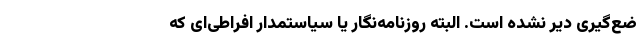
ضع‌گیری دیر نشده است. البته روزنامه‌نگار یا سیاستمدار افراطی‌ای که